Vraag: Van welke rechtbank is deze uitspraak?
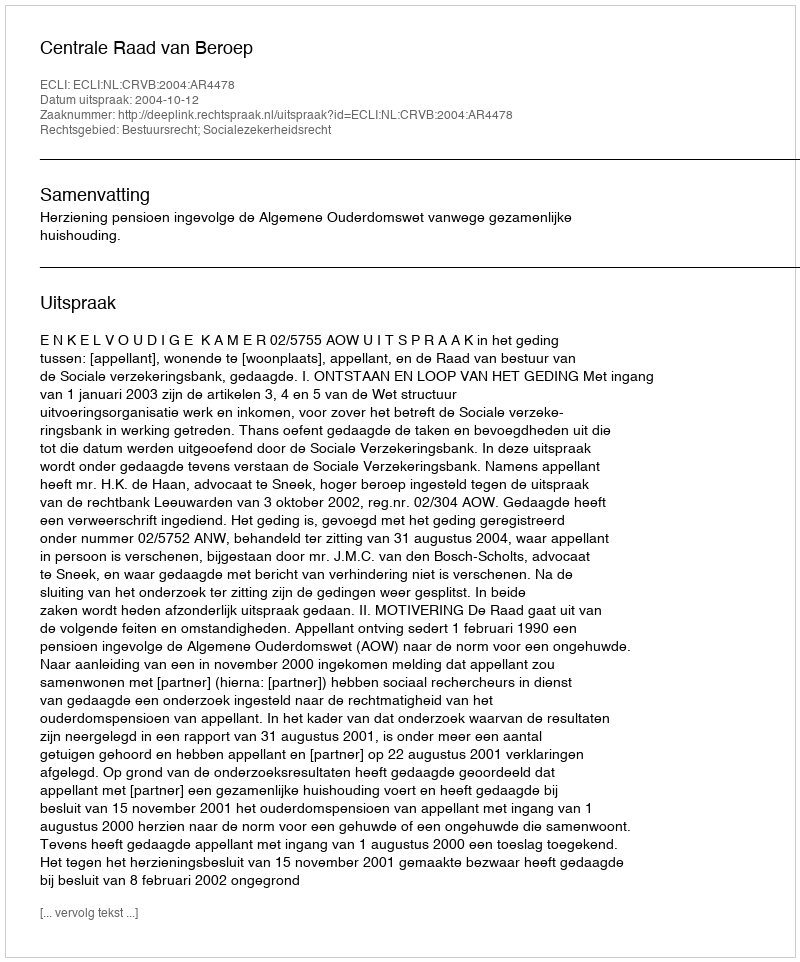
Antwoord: Centrale Raad van Beroep